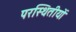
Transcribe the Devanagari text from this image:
परस्थितीयों